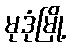
မုဒုံမြို့